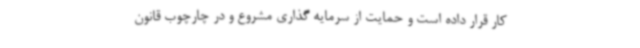
کار قرار داده است و حمایت از سرمایه گذاری مشروع و در چارچوب قانون